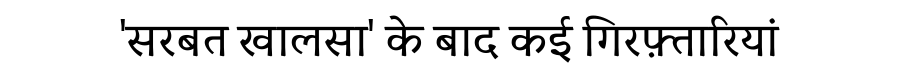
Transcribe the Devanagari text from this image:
'सरबत खालसा' के बाद कई गिरफ़्तारियां